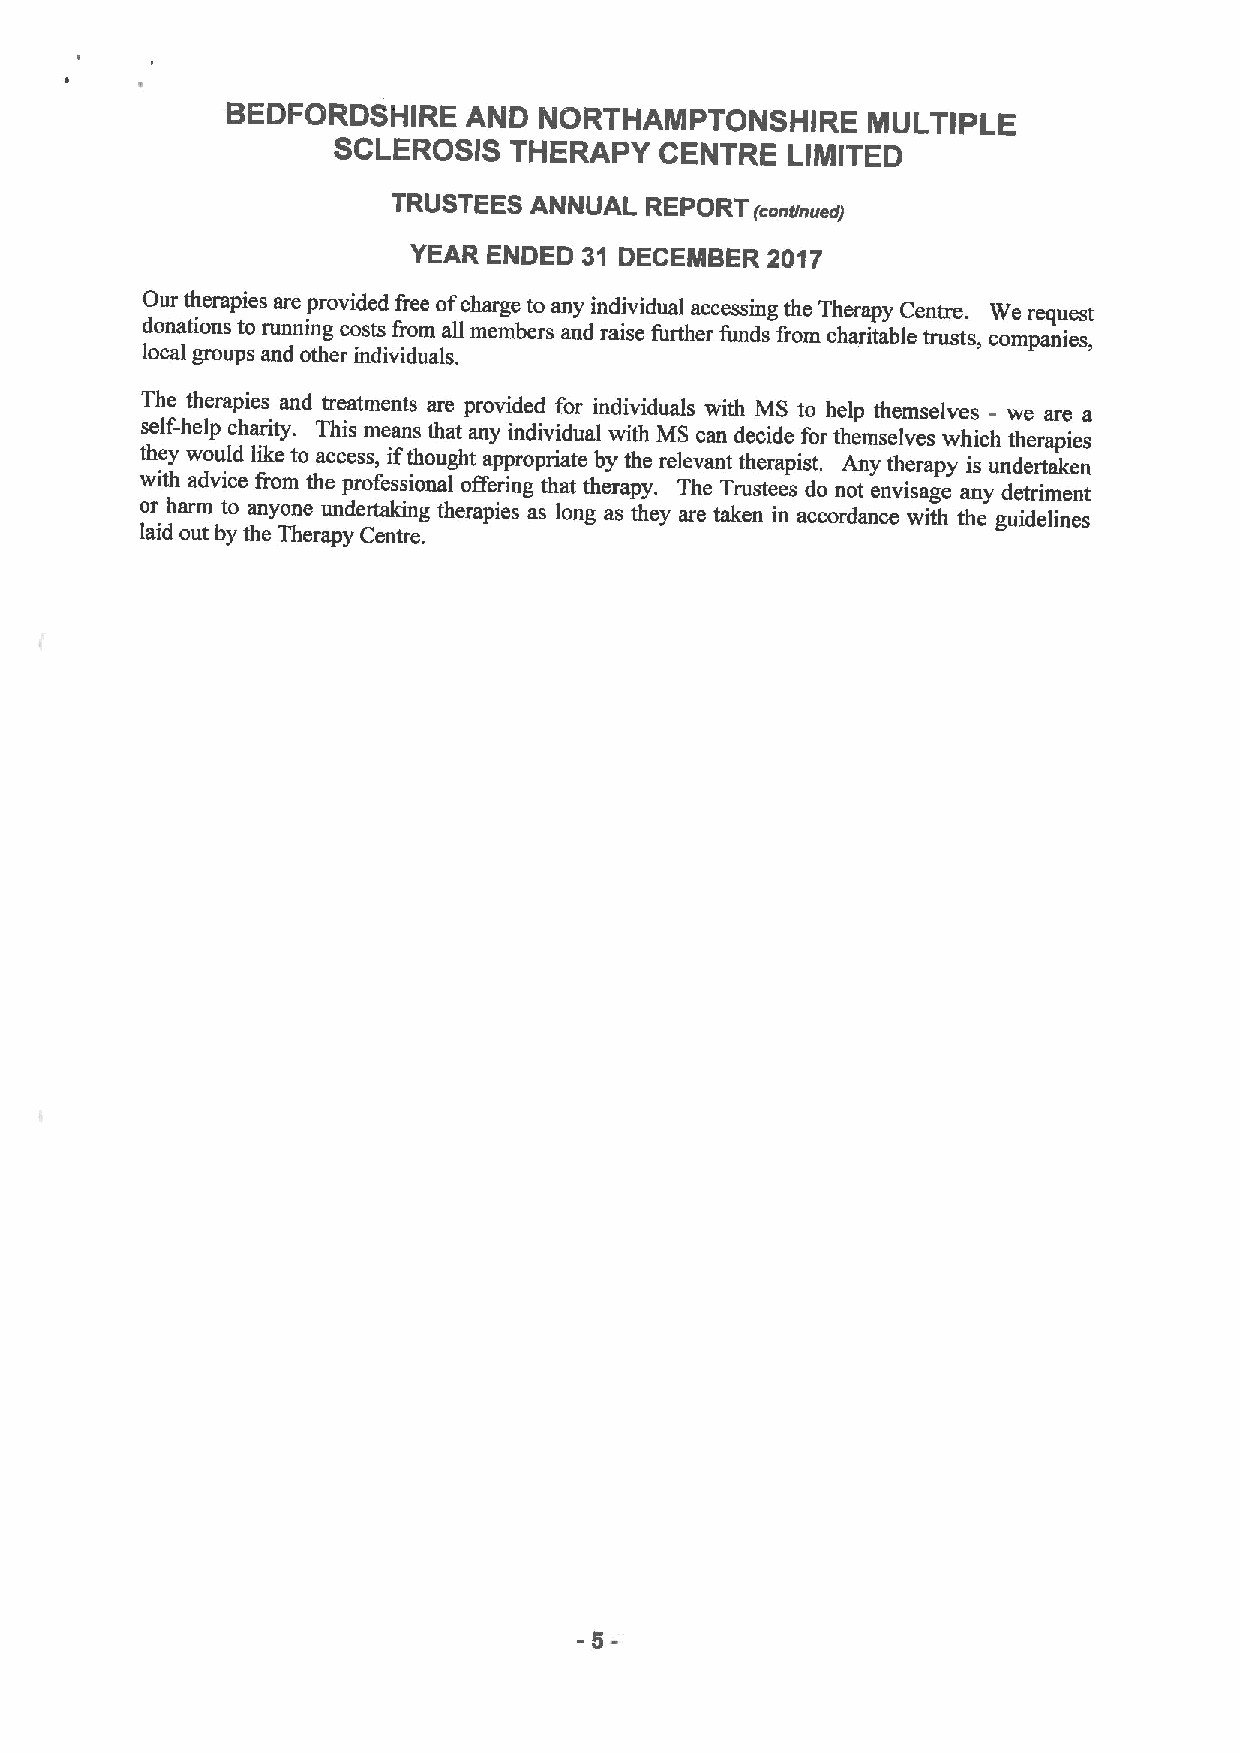
BEDFORDSHIRE    AND  NORTHAMPTONSHIRE     MULTIPLE
 SCLEROSIS   THERAPY   CENTRE  LIMITED
 TRUSTEES ANNUAL  REPORT
 (continued)
 YEAR ENDED  31 DECEMBER 2017
 Our therapies are provided free ofcharge to any individual accessing the Therapy Centre. We request
 donations to running costs from all members and raise further funds from charitable trusts, companies,
 local groups and other individuals.
 The therapies and treatments are provided for individuals with MS to help themselves - we are a
 self-help charity. This means that any individual with MS can decide for themselves which therapies
 they would like to access, if thought appropriate by the relevant therapist. Any therapy is undertaken
 with advice from the professional offering that therapy. The Trustees do not envisage any detriment
 or harm to anyone undertaking therapies as long as they are taken in accordance with the guidelines
 laid out by the Therapy Centre.
 -5-